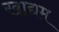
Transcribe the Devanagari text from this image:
खाद्यम